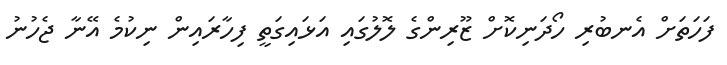
ފަހަތަށް އެނބުރި ހޯދަނިކޮށް ޒޫރިންގެ ލޮލުގައި އަޅައިގަތީ ފިހާރައިން ނިކުމެ އޭނާ ޖެހުނު